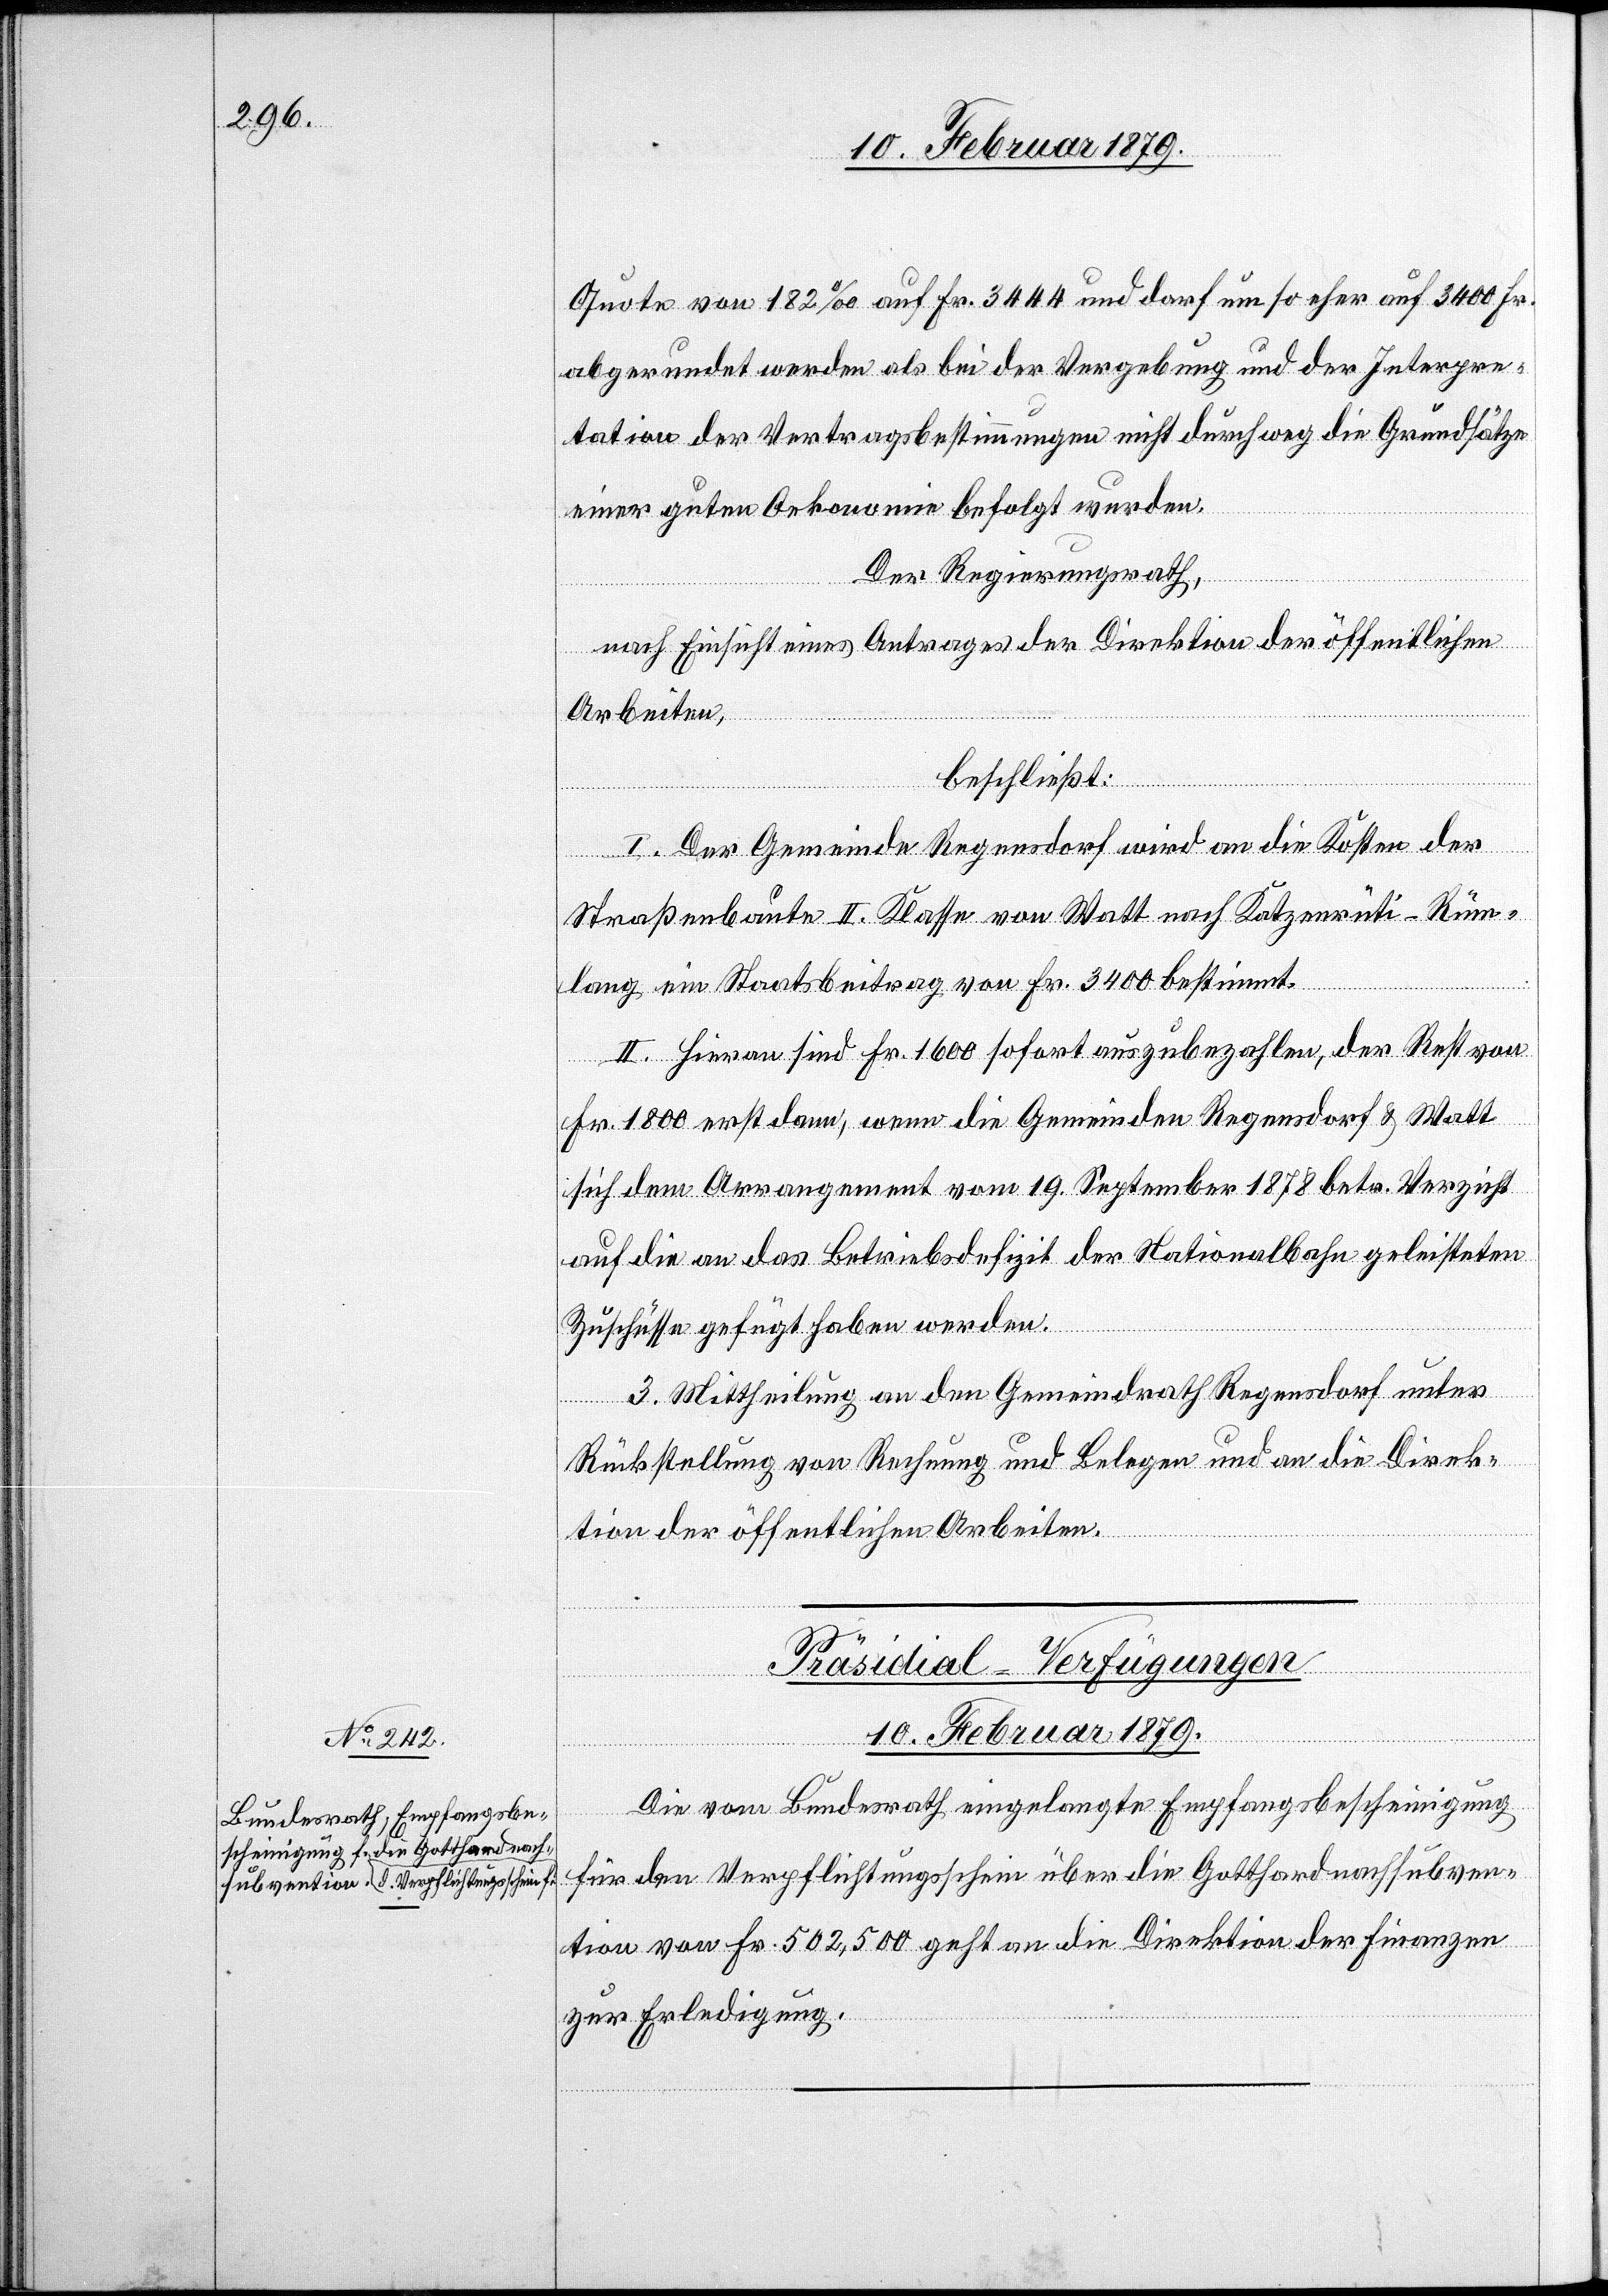
10. Februar 1879
Quote von 182‰ auf Fr. 3444 und darf um so eher auf 3400 Fr.
abgerundet werden als bei der Vergebung und der Interpre¬
tation der Vertragsbestimmungen nicht durchweg die Grundsätze
einer guten Oekonomie befolgt wurden.
Der Regierungsrath,
nach Einsicht eines Antrages der Direktion der öffentlichen
Arbeiten,
beschließt:
I. Der Gemeinde Regensdorf wird an die Kosten der
Straßenbaute II. Klasse von Watt nach Katzenrüti - Rüm¬
lang ein Staatsbeitrag von Fr. 3400 bestimmt.
II. Hieran sind Fr. 1600 sofort auszubezahlen, der Rest von
Fr. 1800 erst dann, wenn die Gemeinden Regensdorf & Watt
sich dem Arrangement vom 19. September 1878 betr. Verzicht
auf die an das Betriebsdefizit der Nationalbahn geleisteten
Zuschüsse gefügt haben werden.
III. Mittheilung an den Gemeindrath Regensdorf unter
Rückstellung von Rechnung und Belegen und an die Direk¬
tion der öffentlichen Arbeiten.
zung
Präsidial-Verfügungen
Die vom Bundesrath eingelangte Empfangsbescheinigung
für den Verpflichtungsschein über die Gotthardnachsubven¬
tion von Fr. 502,500 geht an die Direktion der Finanzen
zur Erledigung.